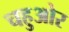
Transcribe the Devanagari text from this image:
चहुओर